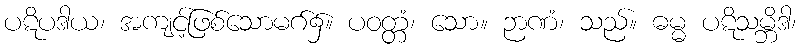
ပဋိပဒါယ၊ အကျင့်ဖြစ်သောမဂ်၌။ ပဝတ္တံ၊ သော။ ဉာဏံ၊ သည်။ ဓမ္မ ပဋိသမ္ဘိဒါ၊